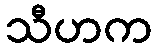
သီဟက